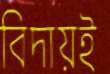
বিদায়ই